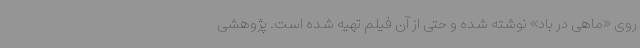
روی «ماهی در باد» نوشته شده و حتی از آن فیلم تهیه شده است. پژوهشی